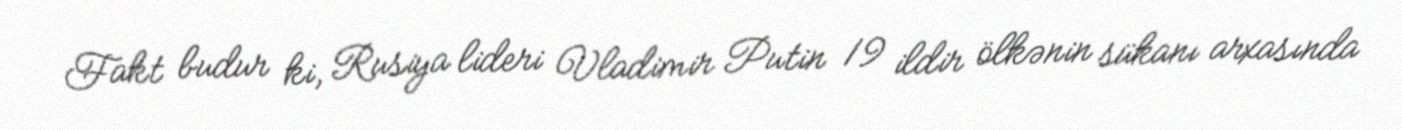
Fakt budur ki, Rusiya lideri Vladimir Putin 19 ildir ölkənin sükanı arxasında